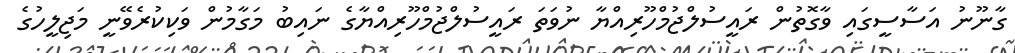
ގާނޫނު އަސާސީގައި ވާގޮތުން ރައީސުލްޖުމްހޫރިއްޔާ ނުވަތަ ރައީސުލްޖުމްހޫރިއްޔާގެ ނައިބު މަގާމުން ވަކިކުރެވޭނީ މަޖިލީހުގެ